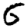
Digit: 6